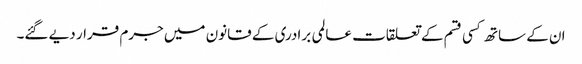
ان کے ساتھ کسی قسم کے تعلقات عالمی برادری کے قانون میں جرم قرار دیے گئے۔